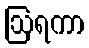
ဩရကာ